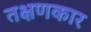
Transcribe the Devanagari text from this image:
तक्षणकार